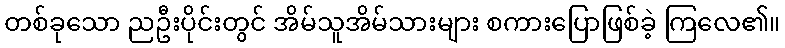
တစ်ခုသော ညဦးပိုင်းတွင် အိမ်သူအိမ်သားများ စကားပြောဖြစ်ခဲ့ ကြလေ၏။